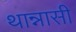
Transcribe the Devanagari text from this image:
थान्नासी